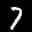
Label: 7